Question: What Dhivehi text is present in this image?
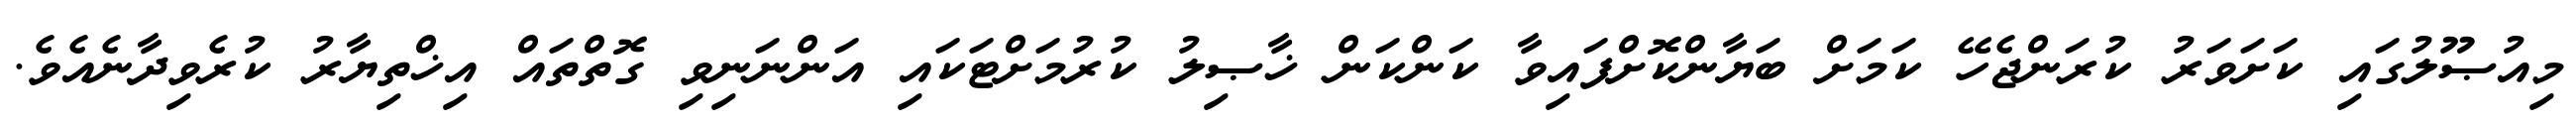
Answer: މިއުޞޫލުގައި ކަށަވަރު ކުރަންޖެހޭ ކަމަށް ބަޔާންކޮށްފައިވާ ކަންކަން ޚާޞިލު ކުރުމަށްޓަކައި އަންނަނިވި ގޮތްތައް އިޚްތިޔާރު ކުރެވިދާނެއެވެ.